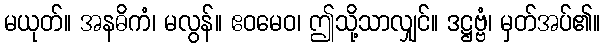
မယုတ်။ အနဓိကံ၊ မလွန်။ ဧဝမေဝ၊ ဤသို့သာလျှင်။ ဒဋ္ဌဗ္ဗံ၊ မှတ်အပ်၏။